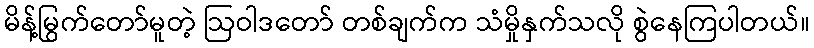
မိန့်မြွက်တော်မူတဲ့ ဩဝါဒတော် တစ်ချက်က သံမှိုနှက်သလို စွဲနေကြပါတယ်။